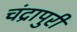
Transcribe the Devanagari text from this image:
चंद्रापुरी